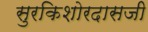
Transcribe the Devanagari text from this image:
सुरकिशोरदासजी